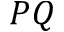
P Q